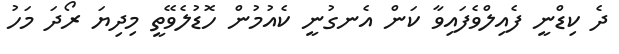
ދެ ކިޑްނީ ފެއިލްވެފައިވާ ކަން އެނގުނީ ކެއުމުން ހޮޑުލެވޭތީ މިދިޔަ ރޯދަ މަހު